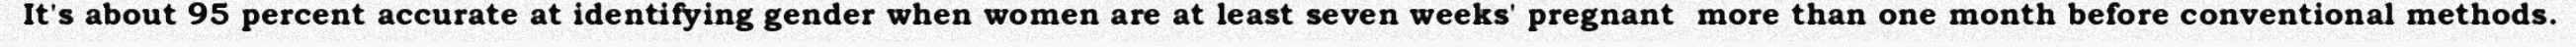
It's about 95 percent accurate at identifying gender when women are at least seven weeks' pregnant  more than one month before conventional methods.